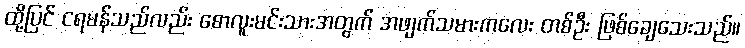
ထို့ပြင် ငရမန်သည်လည်း စောလူးမင်းသားအတွက် အဖျက်သမားကလေး တစ်ဦး ဖြစ်ချေသေးသည်။